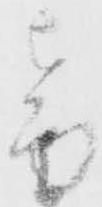
音